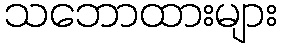
သဘောထားများ